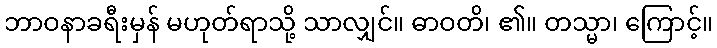
ဘာဝနာခရီးမှန် မဟုတ်ရာသို့ သာလျှင်။ ဓာဝတိ၊ ၏။ တသ္မာ၊ ကြောင့်။